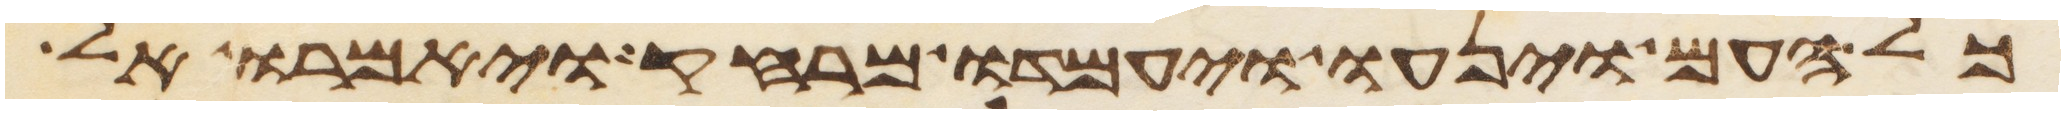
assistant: כל העם וינעו ויעמדו מרחק ויאמרו אל